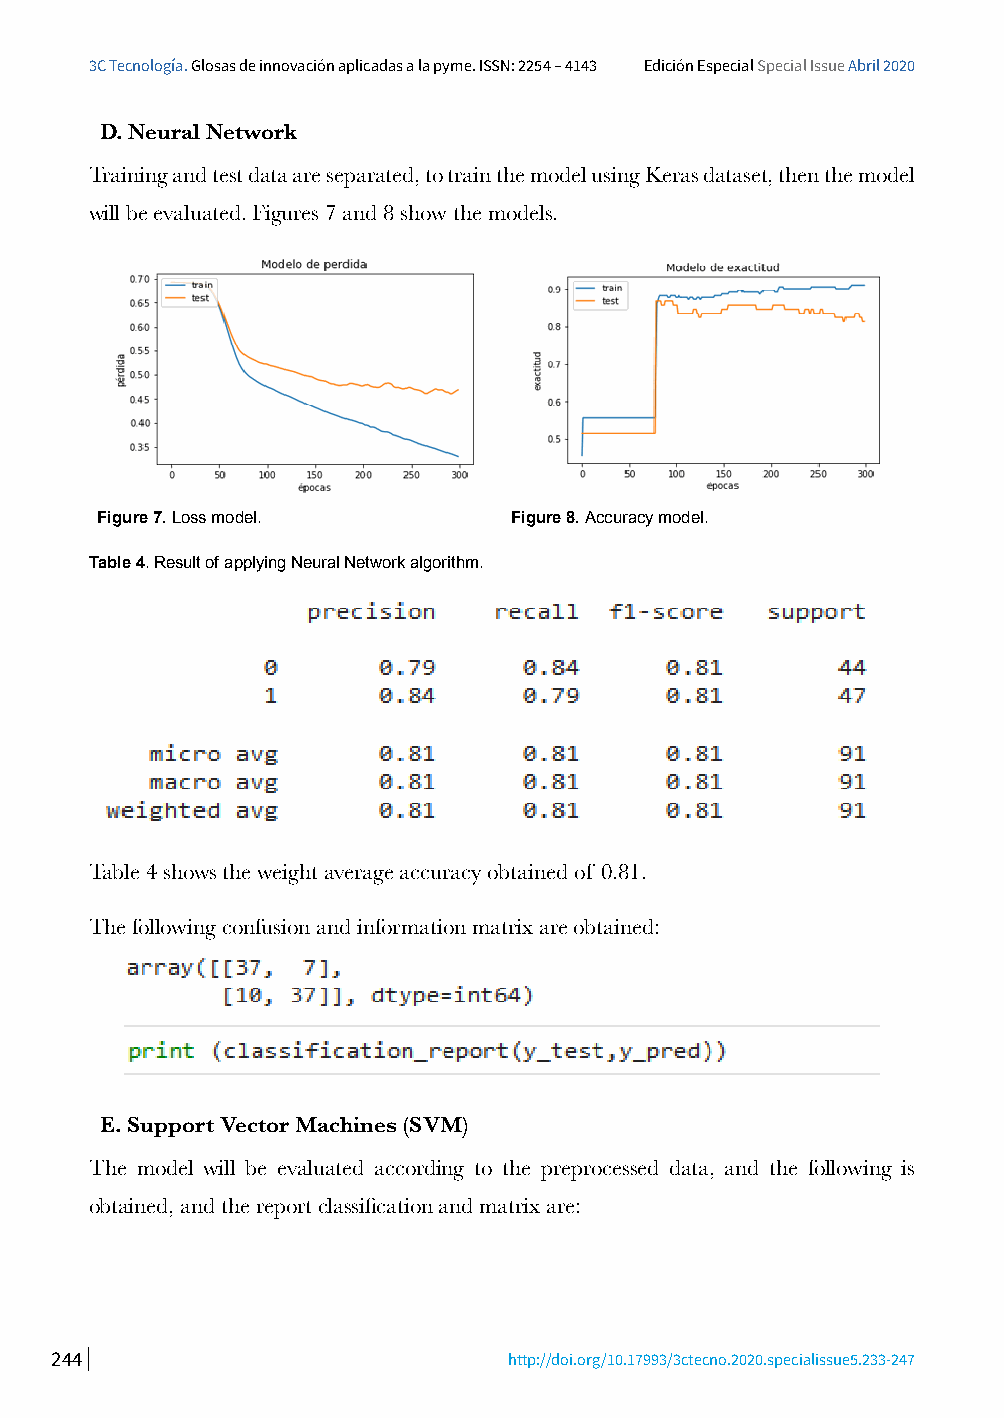
3C Tecnología. Glosas de innovación aplicadas a la pyme. ISSN: 2254 – 4143 Edición Especial Special Issue Abril 2020
 D. Neural Network
 Training and test data are separated, to train the model using Keras dataset, then the model
 will be evaluated. Figures 7 and 8 show the models.
 Figure 7. Loss model.       Figure 8. Accuracy model.
 Table 4. Result of applying Neural Network algorithm.
 Table 4 shows the weight average accuracy obtained of 0.81.
 The following confusion and information matrix are o btained:
 E. Support Vector Machines (SVM)
 The model will be evaluated according to the preprocessed data, and the following is
 obtained, and the report classification and matrix are:
 244                            http://doi.org/10.17993/3ctecno.2020.specialissue5.233-247